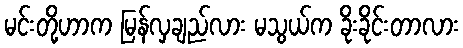
မင်းတို့ဟာက မြန်လှချည်လား မသွယ်က ခိုးခိုင်းတာလား